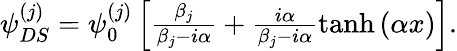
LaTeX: \begin{array}{r}{\psi_{DS}^{(j)}=\psi_{0}^{(j)}\left[\frac{\beta_{j}}{\beta_{j}-i\alpha}+\frac{i\alpha}{\beta_{j}-i\alpha}\operatorname{tanh}{(\alpha x)}\right].}\end{array}